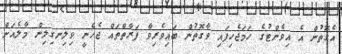
އެގޮތުން އެ އިވެންޓުގެ ހަމަޖެހިފައި ވާގޮތުން ބައިވެރިވާ ފަރާތްތައް ޖެހެނީ ވިލިނގިލިން މާލެއަށް